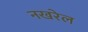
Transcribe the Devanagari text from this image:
नखरेल